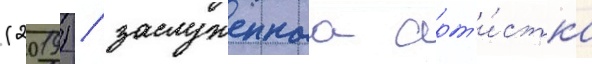
(2019) / заслуженнаа арт'и́стка